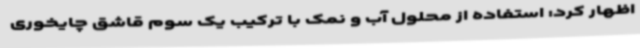
اظهار کرد: استفاده از محلول آب و نمک با ترکیب یک سوم قاشق چایخوری